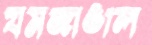
যমজাঙাল